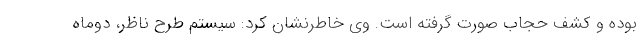
بوده و کشف حجاب صورت گرفته است. وی خاطرنشان کرد: سیستم طرح ناظر، دوماه